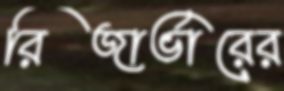
রিজার্ভারের